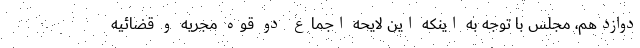
دوازدهم، مجلس با توجه به اینکه این لایحه اجماع دو قوه مجریه و قضائیه